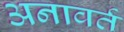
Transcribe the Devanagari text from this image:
अनावर्त